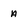
Character: A